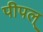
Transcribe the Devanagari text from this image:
पीपल्